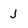
Character: J